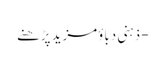
- ذہنی دباؤمزید پڑھنے